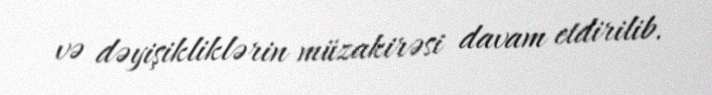
və dəyişikliklərin müzakirəsi davam etdirilib.